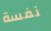
نفسة